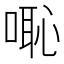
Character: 𠺨